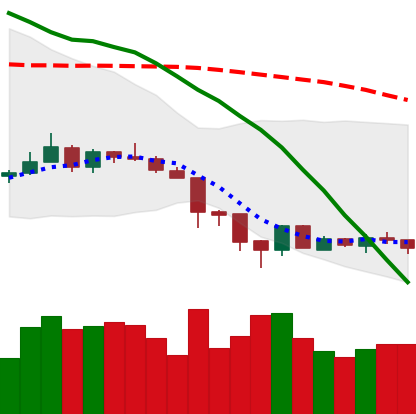
Ticker: XMR-USD
Chart end date: 2018-06-20
Forward return: 3.439%
Label: up_3_5